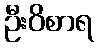
ဦးဝိစာရ